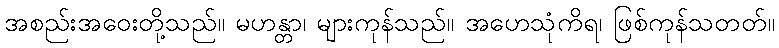
အစည်းအဝေးတို့သည်။ မဟန္တာ၊ များကုန်သည်။ အဟေသုံကိရ၊ ဖြစ်ကုန်သတတ်။